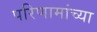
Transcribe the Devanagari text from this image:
परिणामांच्या